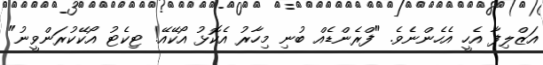
އަޒްލިފާ އެހީ އެހެންނެވެ. "ފްރެންޑެއް ބުނި މިހާރު އެކޮޅު އޯކޭއޭ! ޓިކެޓު އޯކޭކުރަންވީނު"